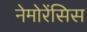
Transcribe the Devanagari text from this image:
नेमोरेंसिस